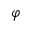
\boldsymbol { \varphi }